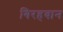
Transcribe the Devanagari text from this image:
गिरहबान